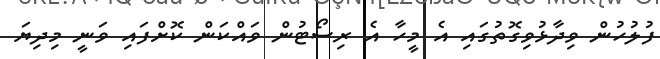
ފުލުހުން ވިދާޅުވިގޮތުގައި އެ މީހާ އެ ރިސޯޓުން ވައްކަން ކޮށްފައި ވަނީ މިދިޔަ